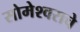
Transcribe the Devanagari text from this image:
सोमेश्वराचे